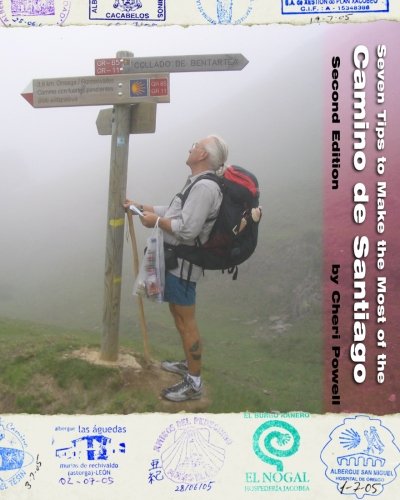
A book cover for Seven Tips to Make the Most of the Camino de Santiago: Second Edition; Cheri Powell; Travel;